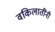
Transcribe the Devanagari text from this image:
वकिलातींनी